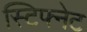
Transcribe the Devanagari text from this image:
स्टिफ्नेट